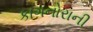
કાગનોરાની